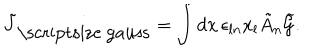
LaTeX: \tilde { J } _ { \mathrm { \scriptsize ~ g a u s s } } = \int { d { \bf x } \, \epsilon _ { l n } x _ { l } \tilde { A } _ { n } \tilde { \cal G } } .